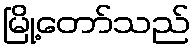
မြို့တော်သည်